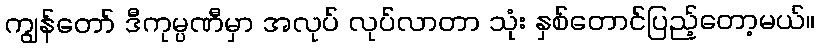
ကျွန်တော် ဒီကုမ္ပဏီမှာ အလုပ် လုပ်လာတာ သုံး နှစ်တောင်ပြည့်တော့မယ်။